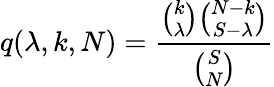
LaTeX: q(\lambda,k,N)=\frac{{\binom{k}{\lambda}}{\binom{N-k}{S-\lambda}}}{{\binom{S}{N}}}